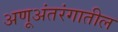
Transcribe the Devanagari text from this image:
अणूअंतरंगातील